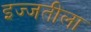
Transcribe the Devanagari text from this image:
इज्जतीला